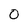
Character: 0